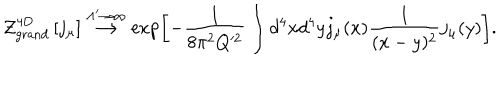
LaTeX: { \cal Z } _ { \mathrm { g r a n d } } ^ { \mathrm { 4 D } } \left[ j _ { \mu } \right] \stackrel { { \Lambda ^ { \prime } \to \infty } } { \longrightarrow } \exp \left[ - \frac { 1 } { 8 \pi ^ { 2 } Q ^ { 2 } } \int d ^ { 4 } x d ^ { 4 } y j _ { \mu } ( x ) \frac { 1 } { ( x - y ) ^ { 2 } } j _ { \mu } ( y ) \right] .